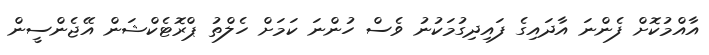
އާއްމުކޮށް ފެންނަ އާދައިގެ ފައިދިގުމަކުނު ވެސް ހުންނަ ކަމަށް ހެލްތު ޕްރޮޓެކްޝަން އޭޖެންސީން